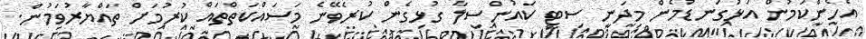
އެހެންކަމުން އަޅުގަނޑުމެން މިދަނީ ސިޓީ ކައުންސިލާ ގުޅިގެން ކުރެވޭނެ މަސައްކަތްތައް ކުރުމަށް ތައްޔާރުވަމުން.